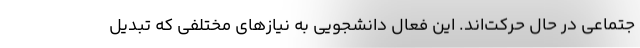
جتماعی در حال حرکت‌اند. این فعال دانشجویی به نیازهای مختلفی که تبدیل